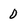
Character: 0